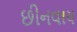
છીનવાય